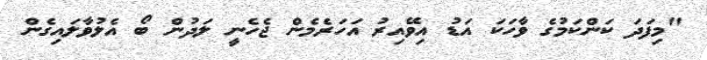
"މިފަދަ ކަންކަމުގެ ވާހަކަ އަޑު އިވޭއިރު އަހަރެމެން ޖެހެނީ ލަދުން ބޯ އެލުވާލައިގެން